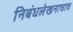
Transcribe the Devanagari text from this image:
निबंधलेखनाचाच